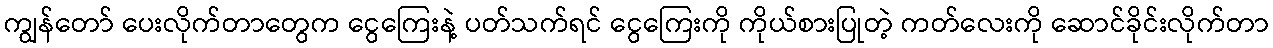
ကျွန်တော် ပေးလိုက်တာတွေက ငွေကြေးနဲ့ ပတ်သက်ရင် ငွေကြေးကို ကိုယ်စားပြုတဲ့ ကတ်လေးကို ဆောင်ခိုင်းလိုက်တာ